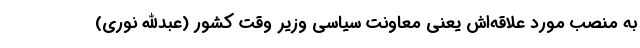
به منصب مورد علاقه‌اش یعنی معاونت سیاسی وزیر وقت کشور (عبدالله نوری)